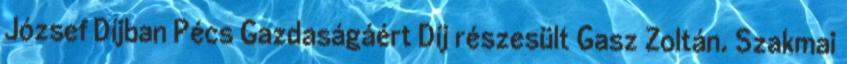
József Díjban Pécs Gazdaságáért Díj részesült Gasz Zoltán. Szakmai